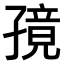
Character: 𫲭